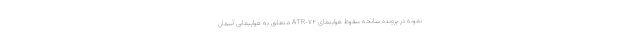
نمونه در پرونده سانحه سقوط هواپیمای ATR-۷۲ متعلق به هواپیمایی آسمان